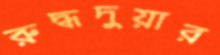
রুদ্ধদুয়ার